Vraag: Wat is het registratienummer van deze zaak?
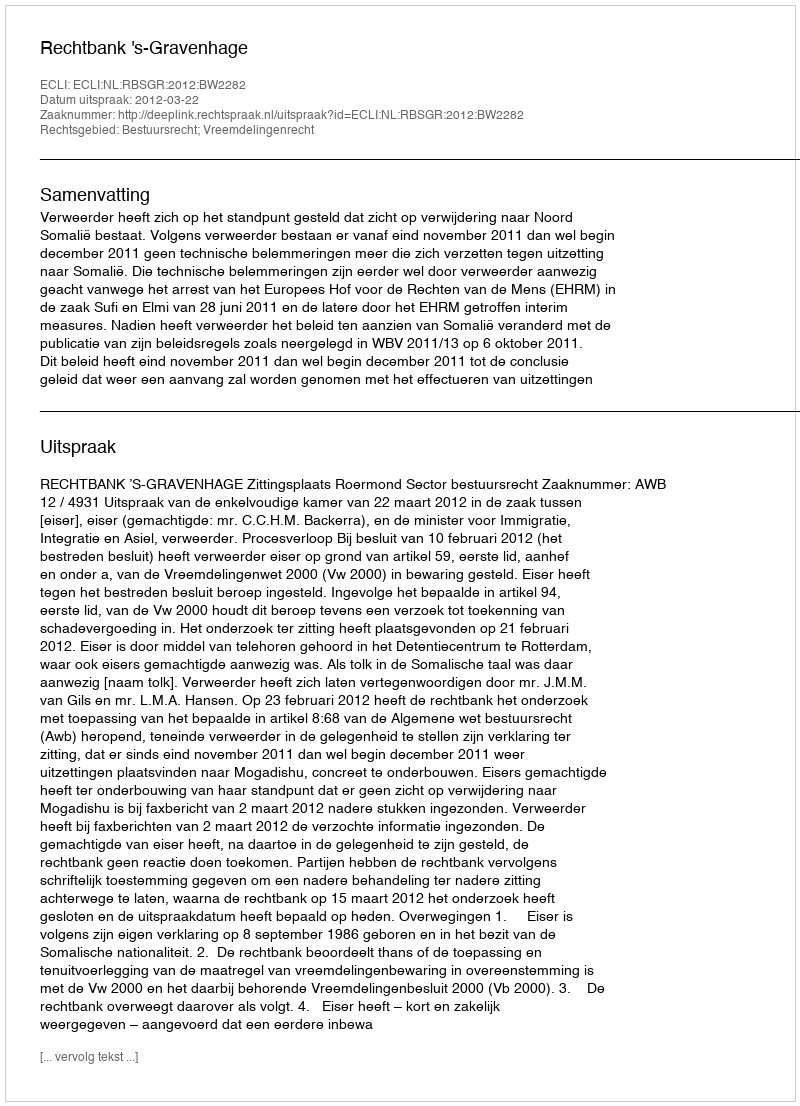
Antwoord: http://deeplink.rechtspraak.nl/uitspraak?id=ECLI:NL:RBSGR:2012:BW2282